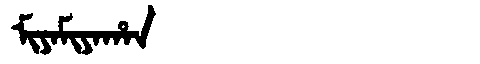
Manchu: ᠮᡳᠶᠠᠮᡳᠶᠠᡥᠠᠨ
Romanization: MIYAMIYAHAN